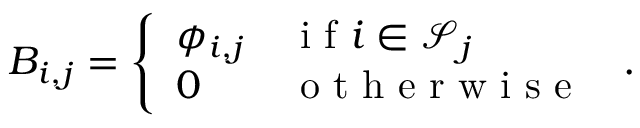
{ B } _ { i , j } = \left\{ \begin{array} { l l } { \phi _ { i , j } } & { \mathrm { ~ i ~ f ~ } i \in \mathscr { S } _ { j } } \\ { 0 } & { \mathrm { ~ o ~ t ~ h ~ e ~ r ~ w ~ i ~ s ~ e ~ } } \end{array} \right. \, .